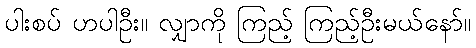
ပါးစပ် ဟပါဦး။ လျှာကို ကြည့် ကြည့်ဦးမယ်နော်။